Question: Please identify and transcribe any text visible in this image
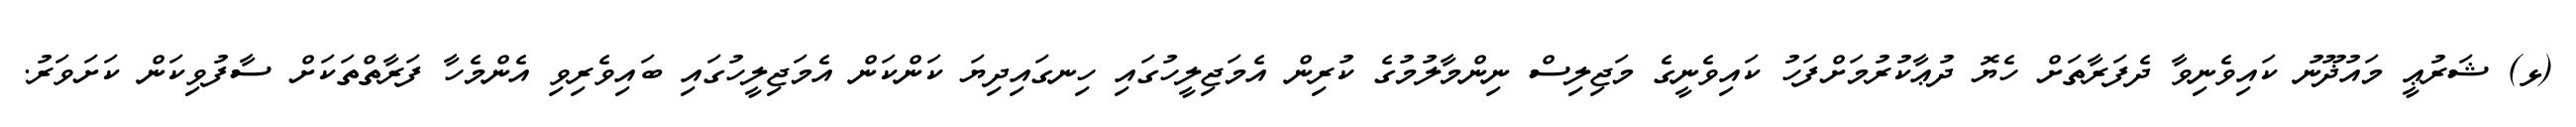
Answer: (ޅ) ޝަރުޢީ މައުޛޫނު ކައިވެނިވާ ދެފަރާތަށް ހެޔޮ ދުޢާކުރުމަށްފަހު ކައިވެނީގެ މަޖިލިސް ނިންމާލުމުގެ ކުރިން އެމަޖިލީހުގައި ހިނގައިދިޔަ ކަންކަން އެމަޖިލީހުގައި ބައިވެރިވި އެންމެހާ ފަރާތްތަކަށް ސާފުވިކަން ކަށަވަރު.